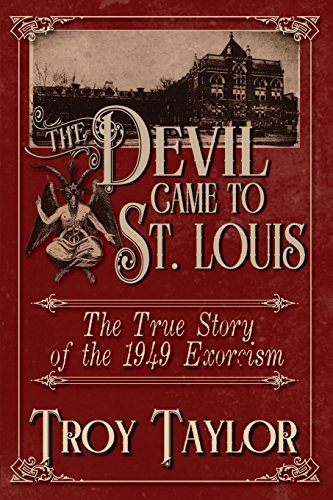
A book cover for The Devil Came to St. Louis; Troy Taylor; Health, Fitness & Dieting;